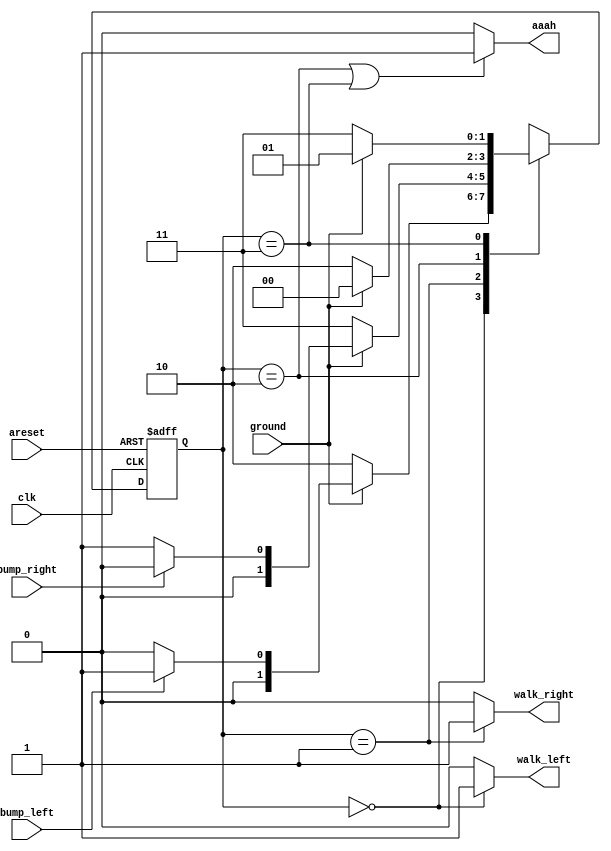
module top_module(
    input clk,
    input areset,    // Freshly brainwashed Lemmings walk left.
    input bump_left,
    input bump_right,
    input ground,
    output walk_left,
    output walk_right,
    output aaah ); 
    
    parameter LEFT_GND=2'b00, RIGHT_GND=2'b01, LEFT_AAAH=2'b10, RIGHT_AAAH=2'b11;
    reg [1:0] state, next_state;
    
    always @(posedge clk or posedge areset) begin
        if(areset) 
            state <= LEFT_GND;
        else
            state <= next_state;
    end
    
    always @(*) begin
        case(state)
            LEFT_GND : next_state <= ground ? (bump_left ? RIGHT_GND : LEFT_GND) : LEFT_AAAH;
            RIGHT_GND : next_state <= ground ? (bump_right ? LEFT_GND : RIGHT_GND) : RIGHT_AAAH;
            LEFT_AAAH : next_state <= ground ? LEFT_GND : LEFT_AAAH;
            RIGHT_AAAH : next_state <= ground ? RIGHT_GND : RIGHT_AAAH;
            default: next_state <= LEFT_GND;
        endcase
    end
    
    assign walk_left = (state == LEFT_GND) ? 1'b1 : 1'b0;
    assign walk_right = (state == RIGHT_GND) ? 1'b1 : 1'b0;
    assign aaah = (state == LEFT_AAAH || state == RIGHT_AAAH) ? 1'b1 : 1'b0;

endmodule